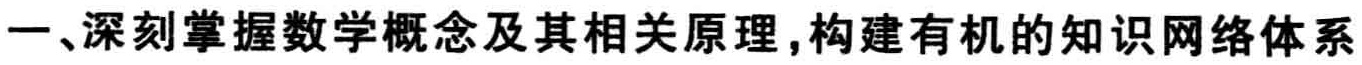
一、深刻掌握数学概念及其相关原理,构建有机的知识网络体系